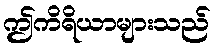
ဤကိရိယာများသည်